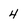
Character: 4